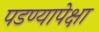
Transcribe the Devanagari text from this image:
पडण्यापेक्षा